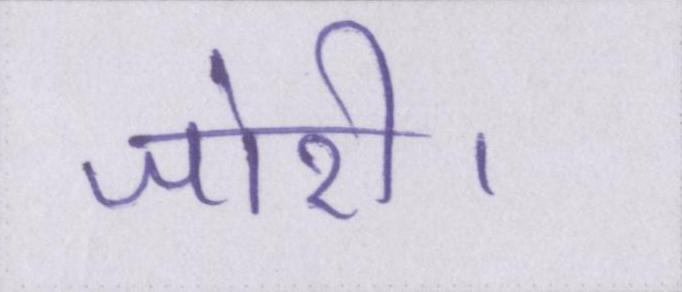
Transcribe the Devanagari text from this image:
जोरी।